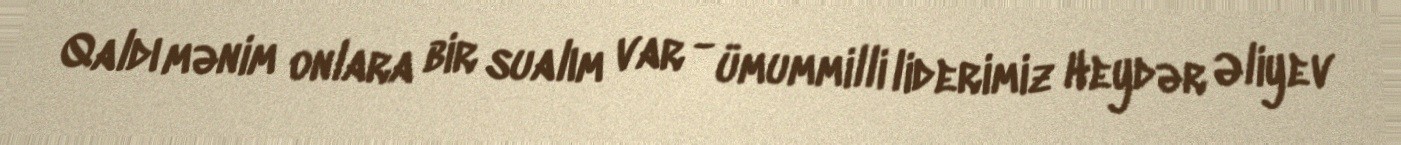
Qaldı mənim onlara bir sualım var - ümummilli liderimiz Heydər Əliyev